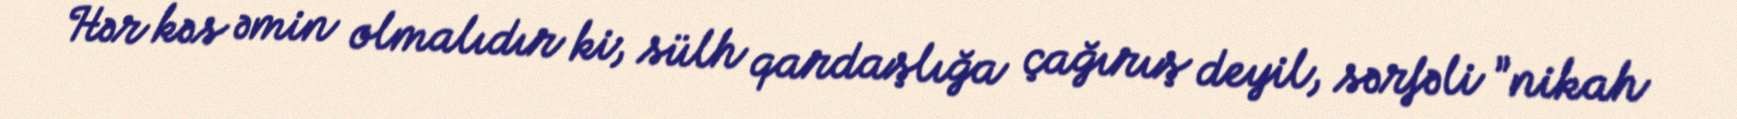
Hər kəs əmin olmalıdır ki, sülh qardaşlığa çağırış deyil, sərfəli ”nikah